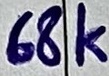
Text: 68K